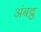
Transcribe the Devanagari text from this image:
अंबट्ठ